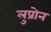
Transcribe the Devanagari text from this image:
लुप्रोन